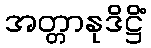
အတ္တာနုဒိဋ္ဌိံ